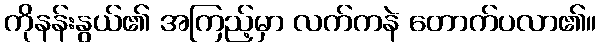
ကိုနန်းနွယ်၏ အကြည့်မှာ လက်ကနဲ တောက်ပလာ၏။